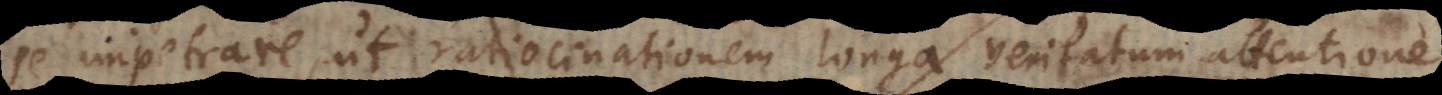
se impetrare, ut ratiocinationem longa veritatum attentione